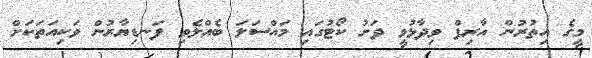
މީގެ އިތުރުން އާރިފް ވިދާޅުވީ ދަށު ކޯޓުގައި މައްސަލަ ބެއްލެވި ފަނޑިޔާރުން ވަކިއަތަކަށް